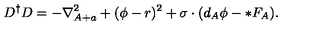
D ^ { \dagger } D = - \nabla _ { A + a } ^ { 2 } + ( \phi - r ) ^ { 2 } + \sigma \cdot ( d _ { A } \phi - * F _ { A } ) .